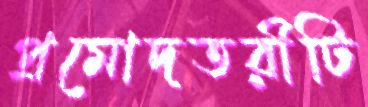
প্রমোদতরীটি